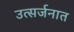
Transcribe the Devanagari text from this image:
उत्सर्जनात